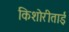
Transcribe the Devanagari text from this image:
किशोरीताई